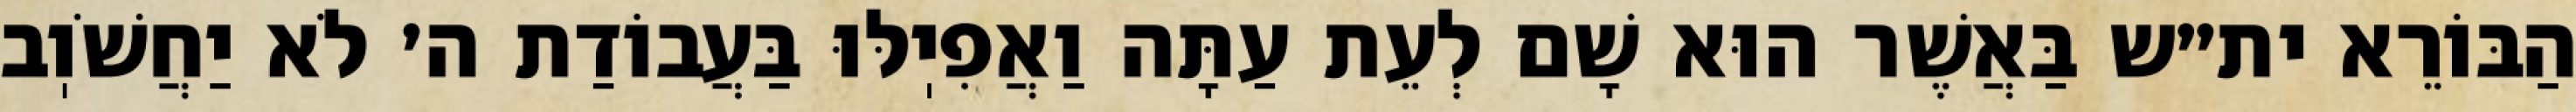
הַבּוֹרֵא ית״ש בַּאֲשֶׁר הוּא שָׁם לְעֵת עַתָּה וַאֲפִיֽלּוּ בַּעֲבוֹדַת ה׳ לֹא יַחֲשֹׁוֽב